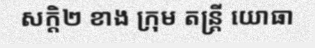
សក្តិ២ ខាង ក្រុម តន្ត្រី យោធា